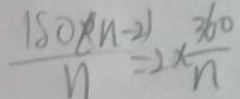
\frac { 1 8 0 ( n - 2 ) } { n } = 2 \times \frac { 3 6 0 } { n }